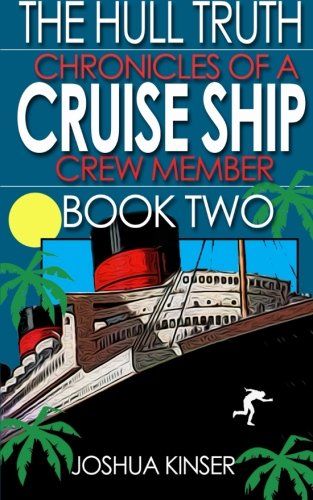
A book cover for The Hull Truth: Chronicles of a Cruise Ship Crew Member (Book Two) (Volume 2); Joshua Kinser; Travel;